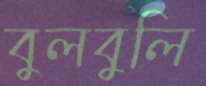
বুলবুলি